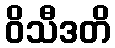
ဝိသီဒတိ